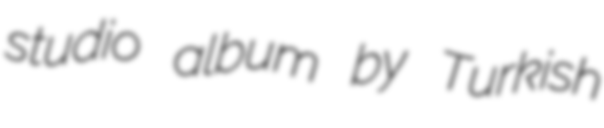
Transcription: studio album by Turkish